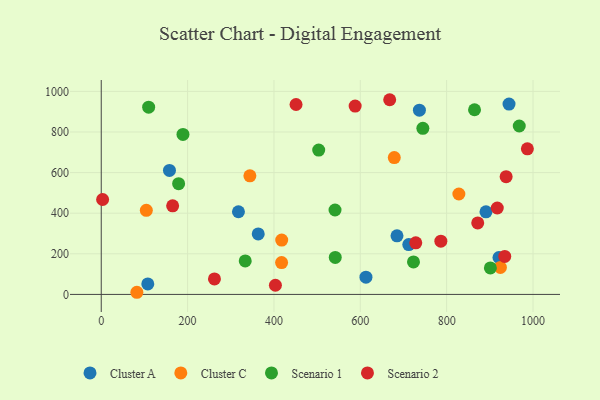
{"axis": {"x": "Investment", "y": "Sales"}, "legend": ["Cluster A", "Cluster C", "Scenario 1", "Scenario 2"], "data": [{"x": "158.0", "y": 610.7, "type": "Cluster A"}, {"x": "317.8", "y": 407.1, "type": "Cluster A"}, {"x": "363.6", "y": 298.0, "type": "Cluster A"}, {"x": "736.9", "y": 907.3, "type": "Cluster A"}, {"x": "685.0", "y": 288.6, "type": "Cluster A"}, {"x": "107.8", "y": 51.6, "type": "Cluster A"}, {"x": "712.3", "y": 245.4, "type": "Cluster A"}, {"x": "944.5", "y": 937.4, "type": "Cluster A"}, {"x": "613.1", "y": 84.9, "type": "Cluster A"}, {"x": "921.2", "y": 181.7, "type": "Cluster A"}, {"x": "891.1", "y": 406.7, "type": "Cluster A"}, {"x": "417.7", "y": 157.0, "type": "Cluster C"}, {"x": "104.4", "y": 414.4, "type": "Cluster C"}, {"x": "418.0", "y": 267.4, "type": "Cluster C"}, {"x": "82.5", "y": 10.5, "type": "Cluster C"}, {"x": "344.3", "y": 584.3, "type": "Cluster C"}, {"x": "678.7", "y": 674.2, "type": "Cluster C"}, {"x": "828.3", "y": 494.6, "type": "Cluster C"}, {"x": "924.5", "y": 132.9, "type": "Cluster C"}, {"x": "503.7", "y": 711.2, "type": "Scenario 1"}, {"x": "333.5", "y": 164.8, "type": "Scenario 1"}, {"x": "901.3", "y": 130.6, "type": "Scenario 1"}, {"x": "744.9", "y": 818.2, "type": "Scenario 1"}, {"x": "723.2", "y": 159.8, "type": "Scenario 1"}, {"x": "968.2", "y": 829.5, "type": "Scenario 1"}, {"x": "109.8", "y": 922.2, "type": "Scenario 1"}, {"x": "864.6", "y": 909.7, "type": "Scenario 1"}, {"x": "541.5", "y": 415.8, "type": "Scenario 1"}, {"x": "179.2", "y": 545.3, "type": "Scenario 1"}, {"x": "189.3", "y": 788.3, "type": "Scenario 1"}, {"x": "542.0", "y": 182.2, "type": "Scenario 1"}, {"x": "165.4", "y": 436.4, "type": "Scenario 2"}, {"x": "668.1", "y": 959.0, "type": "Scenario 2"}, {"x": "786.6", "y": 262.2, "type": "Scenario 2"}, {"x": "3.2", "y": 467.6, "type": "Scenario 2"}, {"x": "937.8", "y": 580.1, "type": "Scenario 2"}, {"x": "403.4", "y": 45.1, "type": "Scenario 2"}, {"x": "262.2", "y": 76.1, "type": "Scenario 2"}, {"x": "451.2", "y": 935.5, "type": "Scenario 2"}, {"x": "987.0", "y": 717.1, "type": "Scenario 2"}, {"x": "934.6", "y": 187.2, "type": "Scenario 2"}, {"x": "728.5", "y": 254.1, "type": "Scenario 2"}, {"x": "872.0", "y": 352.0, "type": "Scenario 2"}, {"x": "917.3", "y": 425.7, "type": "Scenario 2"}, {"x": "588.1", "y": 927.9, "type": "Scenario 2"}]}